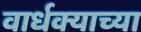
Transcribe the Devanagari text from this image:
वार्धक्याच्या